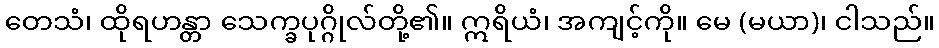
တေသံ၊ ထိုရဟန္တာ သေက္ခပုဂ္ဂိုလ်တို့၏။ ဣရိယံ၊ အကျင့်ကို။ မေ (မယာ)၊ ငါသည်။